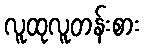
လူထုလူတန်းစား